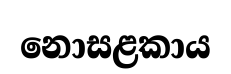
නොසළකාය